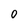
Character: 0